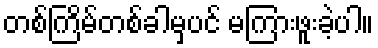
တစ်ကြိမ်တစ်ခါမှပင် မကြားဖူးခဲ့ပါ။